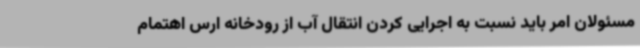
مسئولان امر باید نسبت به اجرایی کردن انتقال آب از رودخانه ارس اهتمام